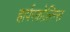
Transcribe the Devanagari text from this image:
हार्परकोलिन्स